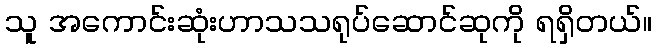
သူ အကောင်းဆုံးဟာသသရုပ်ဆောင်ဆုကို ရရှိတယ်။